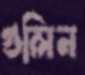
গুলিন